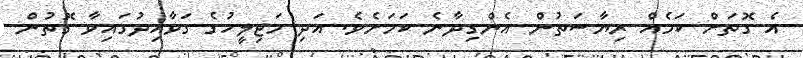
އެ ގޮތަށް ކަމެއް ރިޔާސަތުން އެންގިދާނެ ކަމަށެވެ. އަދި މަޖިލީހުގެ ގަވާއިދުގައިވާ ގޮތުން